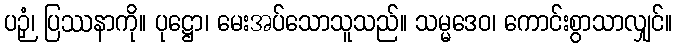
ပဉှံ၊ ပြဿနာကို။ ပုဋ္ဌော၊ မေးအပ်သောသူသည်။ သမ္မဒေဝ၊ ကောင်းစွာသာလျှင်။